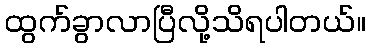
ထွက်ခွာလာပြီလို့သိရပါတယ်။